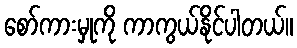
စော်ကားမှုကို ကာကွယ်နိုင်ပါတယ်။